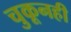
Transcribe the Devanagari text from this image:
चुकूनही